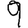
Digit: 9